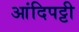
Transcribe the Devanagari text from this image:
आंदिपट्टी